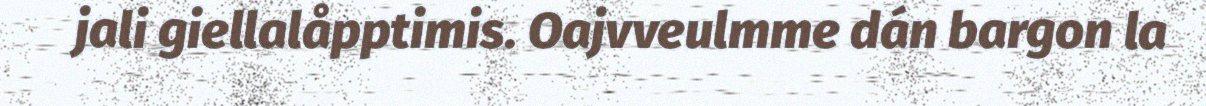
jali giellalåpptimis. Oajvveulmme dán bargon la